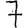
Digit: 7